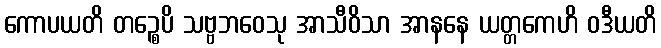
ကောပယတိ တဉ္စေပိ သဗ္ဗဘဝေသု အာသီဝိသာ အာနနေ ယတ္တကေဟိ ဝဒီယတိ